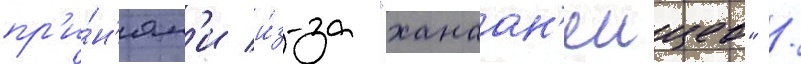
пр'и́н'ял'и и́з-за "ханаан'еицев" /